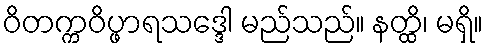
ဝိတက္ကဝိပ္ဖာရသဒ္ဒေါ မည်သည်။ နတ္ထိ၊ မရှိ။